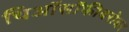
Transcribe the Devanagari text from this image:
थिऑसॉफीबरोबर